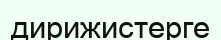
дирижистерге